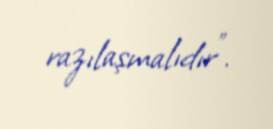
razılaşmalıdır”.